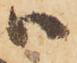
ハ